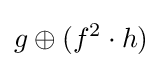
g\oplus (f^{2}\cdot h)